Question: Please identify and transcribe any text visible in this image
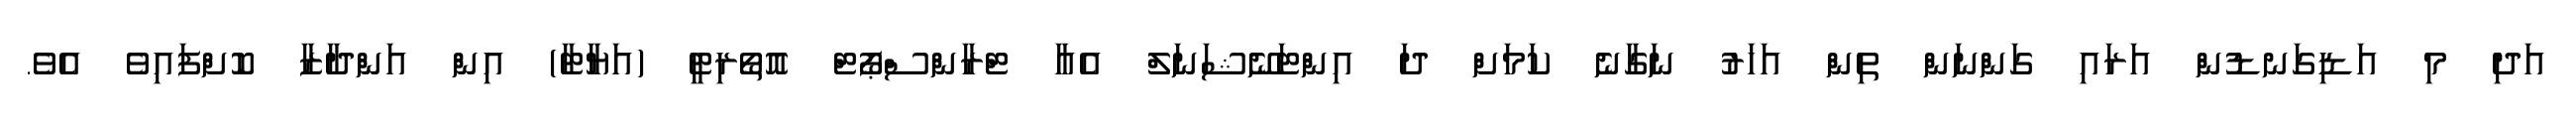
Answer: އަދި މި އަޑިގަނޑުން އަރައި ގަންނަން ތިން އަހަރު ނަގާނެ ކަމަށް ދަ އިންޓަނޭޝަނަލް އެއާ ޓްރާންސްޕޯޓް އޮތޯރިޓީ (އަޔާޓާ) އިން އަންދާޒާ ކޮށްފައިވެ އެވެ.